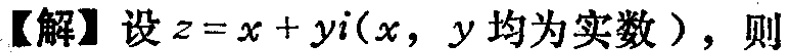
【解】设\(z = x + yi(x,y\text{ 均为实数})\)，则